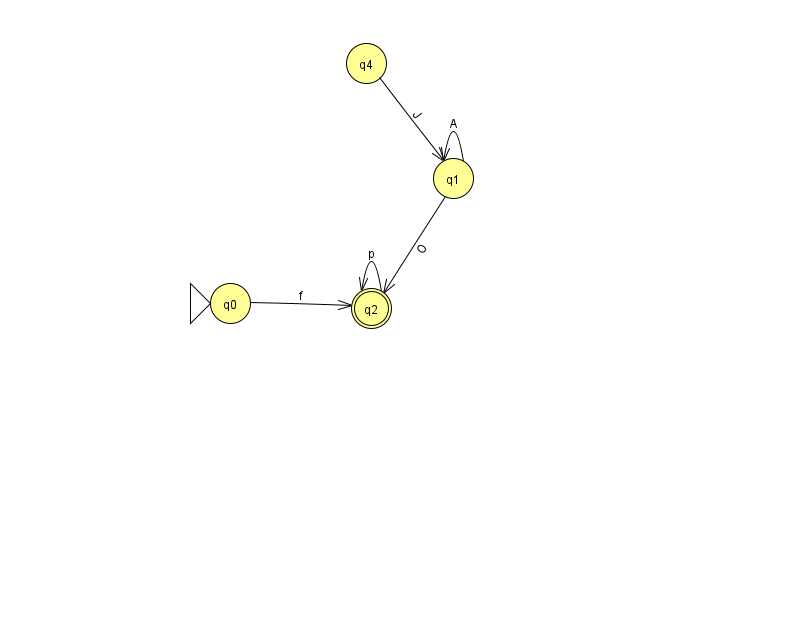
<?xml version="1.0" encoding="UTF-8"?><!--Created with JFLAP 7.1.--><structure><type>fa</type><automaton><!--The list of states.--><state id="0" name="q0"><x>230.0</x><y>290.0</y><initial/></state><state id="1" name="q1"><x>453.0</x><y>165.0</y></state><state id="2" name="q2"><x>371.0</x><y>295.0</y><final/></state><state id="4" name="q4"><x>366.0</x><y>50.0</y></state><!--The list of transitions.--><transition><from>2</from><to>2</to><read>p</read></transition><transition><from>1</from><to>1</to><read>A</read></transition><transition><from>1</from><to>2</to><read>O</read></transition><transition><from>4</from><to>1</to><read>J</read></transition><transition><from>0</from><to>2</to><read>f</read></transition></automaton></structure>